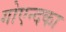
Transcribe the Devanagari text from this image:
गोएन्दका